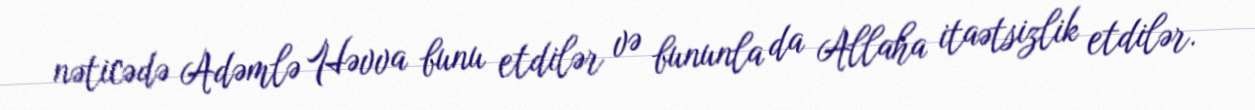
nəticədə Adəmlə Həvva bunu etdilər və bununla da Allaha itaətsizlik etdilər.